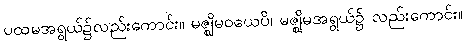
ပထမအရွယ်၌လည်းကောင်း။ မဇ္ဈိမဝယေပိ၊ မဇ္ဈိမအရွယ်၌ လည်းကောင်း။